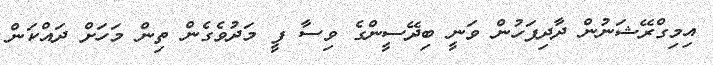
އިމިގްރޭޝަނުން ދާދިފަހުން ވަނީ ބިދޭސީންގެ ވިސާ ފީ މަދުވެގެން ތިން މަހަށް ދައްކަން